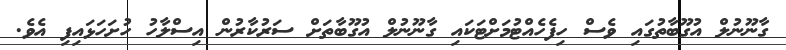
ގާނޫނުލް އުގޫބާތުގައި ވެސް ހިފެހެއްޓުމަށްޓަކައި ގާނޫނުލް އުގޫބާތަށް ސަރުކާރުން އިސްލާހު ހުށަހަޅައިފި އެވެ.